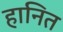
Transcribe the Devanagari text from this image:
हानित